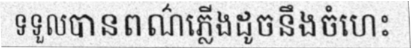
ទទួលបានពណ៌ភ្លើងដូចនឹងចំហេះ